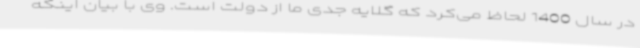
در سال 1400 لحاظ می‌کرد که گلایه جدی ما از دولت است. وی با بیان اینکه